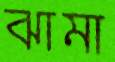
ঝামা